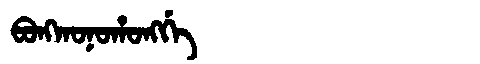
Manchu: ᠪᠣᠩᡴᠣᠨᠣᡥᠣᠩᡤᡝ
Romanization: BONGKONOHONGGE